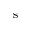
\mathrm { s }